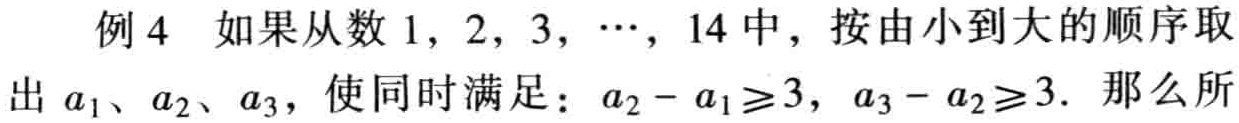
例 4 如果从数 \(1,2,3,\cdots,14\) 中，按由小到大的顺序取出 \(a_{1}、a_{2}、a_{3}\)，使同时满足：\(a_{2}-a_{1}\geq3\)，\(a_{3}-a_{2}\geq3\). 那么所